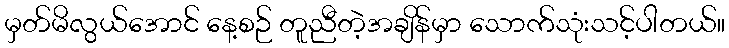
မှတ်မိလွယ်အောင် နေ့စဉ် တူညီတဲ့အချိန်မှာ သောက်သုံးသင့်ပါတယ်။